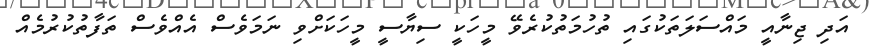
އަދި ޖިނާއީ މައްސަލަތަކުގައި ތުހުމަތުކުރެވޭ މީހަކީ ސިޔާސީ މީހަކަށްވި ނަމަވެސް އެއްވެސް ތަފާތުކުރުމެއް